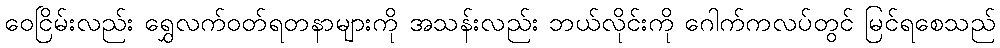
ဝေငြိမ်းလည်း ရွှေလက်ဝတ်ရတနာများကို အသန်းလည်း ဘယ်လိုင်းကို ဂေါက်ကလပ်တွင် မြင်ရစေသည်